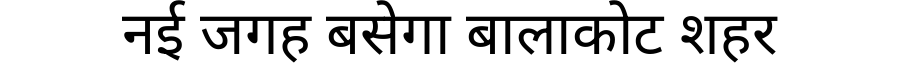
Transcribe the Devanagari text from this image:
नई जगह बसेगा बालाकोट शहर